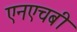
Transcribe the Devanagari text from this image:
एनएचबी